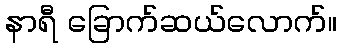
နာရီ ခြောက်ဆယ်လောက်။